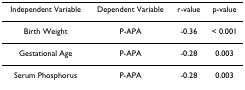
<table><thead><tr><td><b>Independent Variable</b></td><td><b>Dependent Variable</b></td><td><b>r-value</b></td><td><b>p-value</b></td></tr></thead><tbody><tr><td>Birth Weight</td><td>P-APA</td><td>-0.36</td><td>&lt; 0.001</td></tr><tr><td>Gestational Age</td><td>P-APA</td><td>-0.28</td><td>0.003</td></tr><tr><td>Serum Phosphorus</td><td>P-APA</td><td>-0.28</td><td>0.003</td></tr></tbody></table>